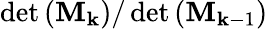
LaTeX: \operatorname*{det}\left(\mathbf{M}_{\mathbf{k}}\right)/\operatorname*{det}\left(\mathbf{M}_{\mathbf{k}-1}\right)